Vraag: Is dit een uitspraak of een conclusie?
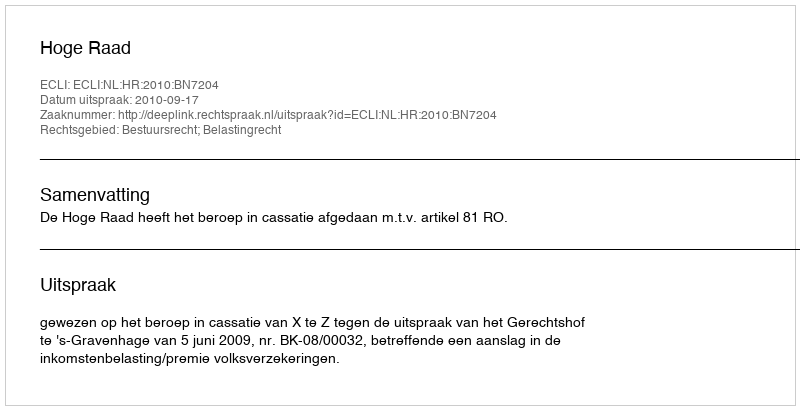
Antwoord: Uitspraak